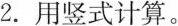
2.用竖式计算。